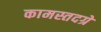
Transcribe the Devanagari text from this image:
कामस्तदग्रे